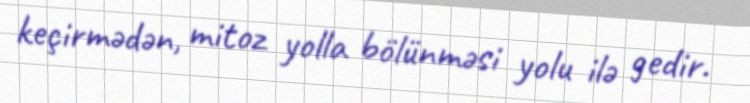
keçirmədən, mitoz yolla bölünməsi yolu ilə gedir.